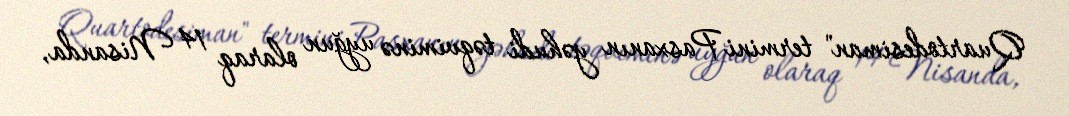
Quartodesiman" termini Pasxanın yəhudi təqviminə uyğun olaraq 14 Nisanda,